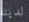
لدينا